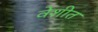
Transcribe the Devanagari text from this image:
वेशीत